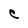
Character: C